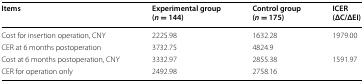
<table><thead><tr><td><b>Items</b></td><td><b>Experimental group(<i>n</i> = 144)</b></td><td><b>Control group(<i>n</i> = 175)</b></td><td><b>ICER(ΔC/ΔEI)</b></td></tr></thead><tbody><tr><td>Cost for insertion operation, CNY</td><td>2225.98</td><td>1632.28</td><td>1979.00</td></tr><tr><td>CER at 6 months postoperation</td><td>3732.75</td><td>4824.9</td><td></td></tr><tr><td>Cost at 6 months postoperation, CNY</td><td>3332.97</td><td>2855.38</td><td>1591.97</td></tr><tr><td>CER for operation only</td><td>2492.98</td><td>2758.16</td><td></td></tr></tbody></table>